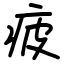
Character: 疲